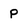
Character: p